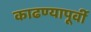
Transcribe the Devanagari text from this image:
काढण्यापूर्वी